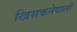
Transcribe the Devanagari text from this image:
खिसकनेवाली